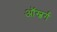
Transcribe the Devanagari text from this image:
ऑस्बर्ग